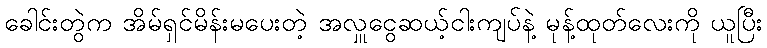
ခေါင်းတွဲက အိမ်ရှင်မိန်းမပေးတဲ့ အလှူငွေဆယ့်ငါးကျပ်နဲ့ မုန့်ထုတ်လေးကို ယူပြီး